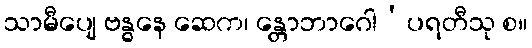
သာမီပျေ ဗန္ဓနေ ဆေက၊ န္တောဘာဂေါ’ပရတီသု စ။